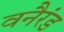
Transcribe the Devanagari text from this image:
वनैरंड